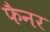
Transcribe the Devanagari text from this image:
फैनर